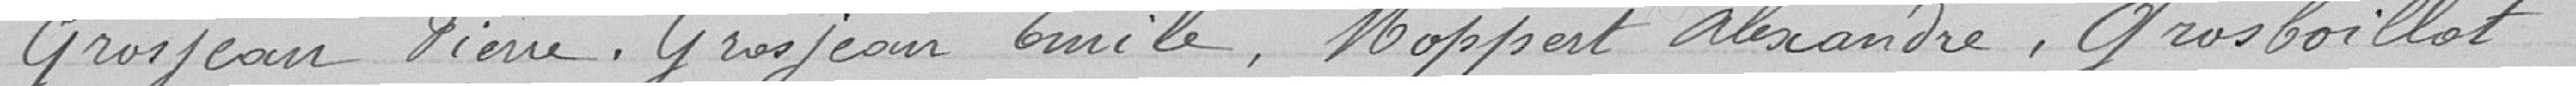
Grosjean Piere, Grosjean Emile, Moppert Alexandre, Grosboillot